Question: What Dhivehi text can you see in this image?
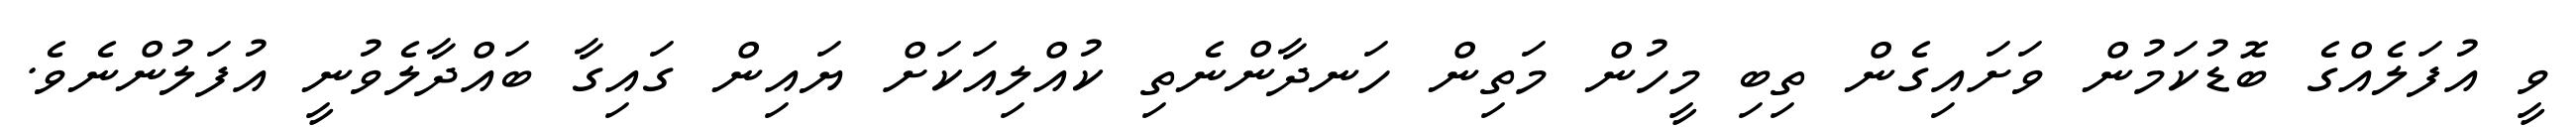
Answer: ވީ އުފަލެއްގެ ބޮޑުކަމުން ވަށައިގެން ތިބި މީހުން މަތިން ހަނދާންނެތި ކުއްލިއަކަށް ޔައިން ގައިގާ ބައްދާލެވުނީ އުފަލުންނެވެ.